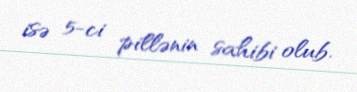
isə 5-ci pillənin sahibi olub.